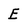
Character: E